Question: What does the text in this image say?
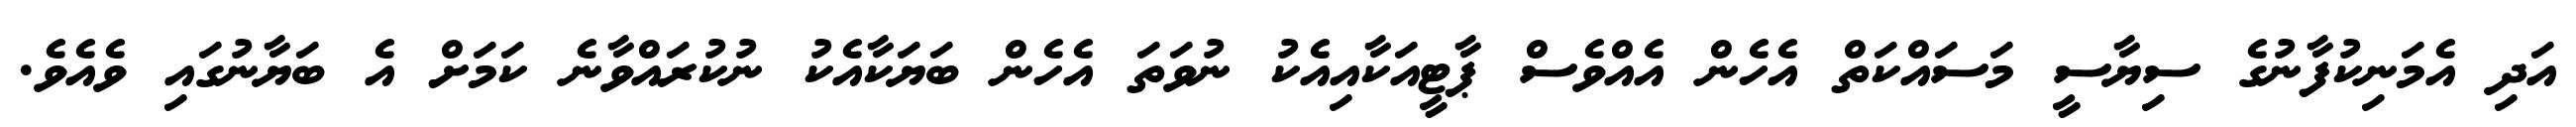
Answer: އަދި އެމަނިކުފާނުގެ ސިޔާސީ މަސައްކަތް އެހެން އެއްވެސް ޕާޓީއަކާއިއެކު ނުވަތަ އެހެން ބަޔަކާއެކު ނުކުރައްވާނެ ކަމަށް އެ ބަޔާނުގައި ވެއެވެ.